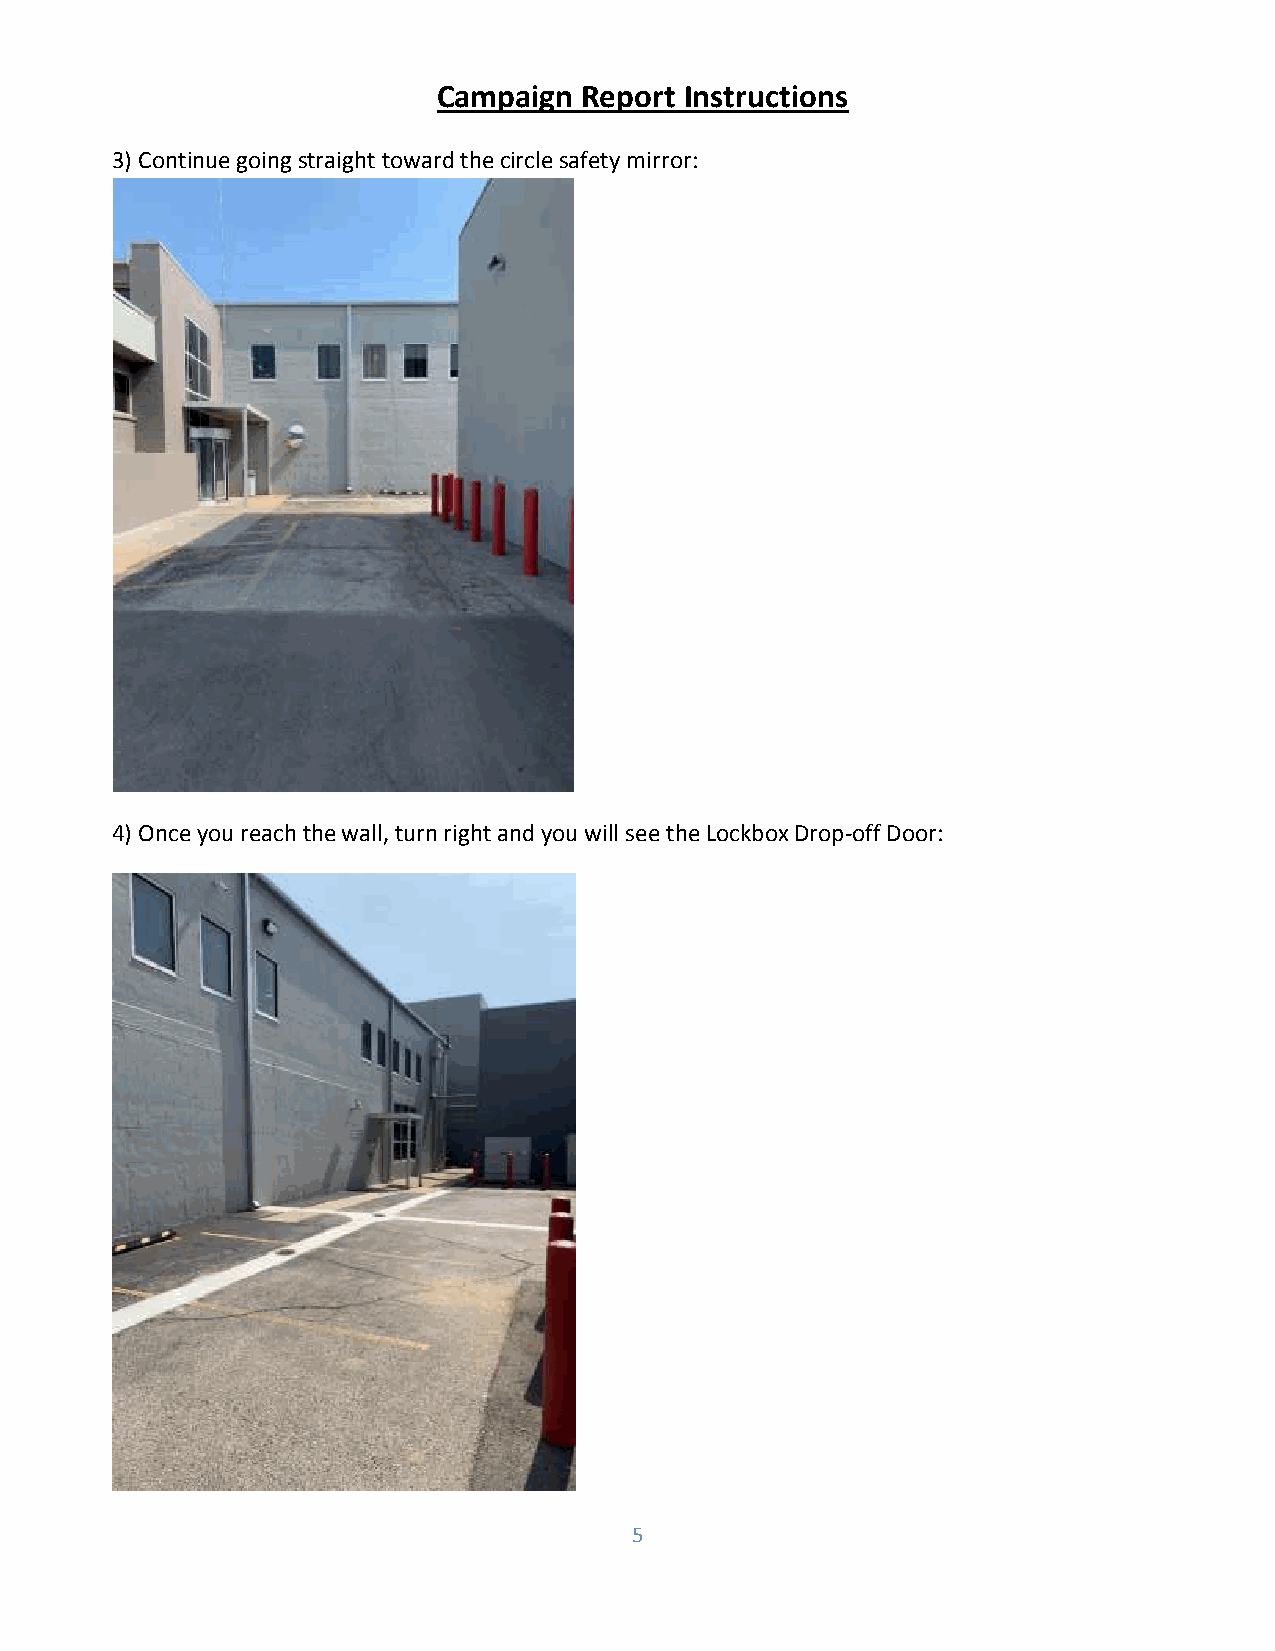
Campaign  Report Instructions
 3) Continue going straight toward the circle safety mirror:
 4) Once you reach the wall, turn right and you will see the Lockbox Drop-off Door:
 5